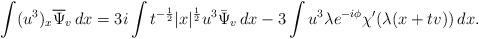
LaTeX: \begin{align*}\int (u^3)_x\overline\Psi_v\,dx = 3i\int t^{-\frac12}|x|^{\frac12} u^3\bar\Psi_v\,dx - 3\int u^3\lambda e^{-i\phi}\chi'(\lambda(x+tv))\,dx.\end{align*}